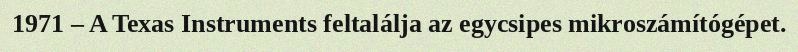
1971 – A Texas Instruments feltalálja az egycsipes mikroszámítógépet.